Annual report on the working of the Harcourt Butler Institute of Public Health, Rangoon
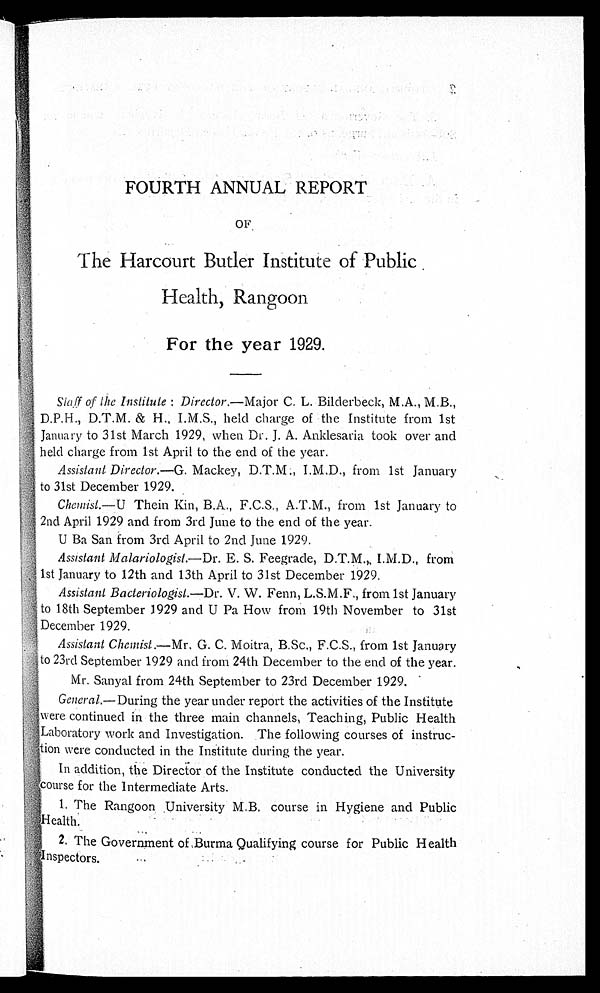
FOURTH ANNUAL REPORT
OF
The Harcourt Butler Institute of Public
Health, Rangoon
For the year 1929.
S t a f f o f t h e I n s t i t u t e : D i r e c t o r .
— M a j o r
C . L . B i l d e r b e c k , M . A . , M . B . ,
D.P.H., D.T.M. & H., I.M.S., held charge of the Institute from 1st
January to 31st March 1929, when Dr. J. A. Anklesaria took over and
held charge from 1st April to the end of the year.
Assistant Director.—G. Mackey, D.T.M., I.M.D., from 1st January
to 31st December 1929.
Chemist.—U Thein Kin, B.A., F.C.S., A.T.M., from 1st January to
2nd April 1929 and from 3rd June to the end of the year.
U Ba San from 3rd April to 2nd June 1929.
Assistant Malariologist.—Dr. E. S. Feegrade, D.T.M., I.M.D., from
1st January to 12th and 13th April to 31st December 1929.
Assistant Bacteriologist. —Dr. V. W. Fenn, L.S.M.F., from 1st January
to 18th September J929 and U Pa How from 19th November to 31st
December 1929.
Assistant Chemist.—Mr. G. C. Moitra, B.Sc., F.C.S., from 1st January
to 23rd September 1929 and from 24th December to the end of the year.
Mr. Sanyal from 24th September to 23rd December 1929.
General.—During the year under report the activities of the Institute
were continued in the three main channels, Teaching, Public Health
Laboratory work and Investigation. The following courses of instruc-
tion were conducted in the Institute during the year.
In addition, the Director of the Institute conducted the University
course for the Intermediate Arts.
1. The Rangoon University M.B. course in Hygiene and Public
Health.
2. The Government of Burma Qualifying course for Public Health
Inspectors.